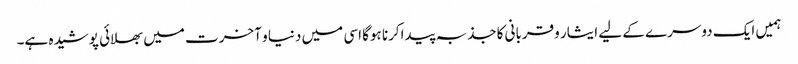
ہمیں ایک دوسرے کے لیے ایثار وقربانی کاجذبہ پیداکرنا ہوگا اسی میں دنیا و آخرت میں بھلائی پوشیدہ ہے۔